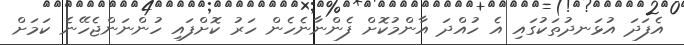
އެފަދަ އުޅަނދުތަކުގައި އެ ހުއްދަ އާންމުކޮށް ފެންނާނެހެން ހަރު ކޮށްފައި ހުންނަންޖެހޭނެ ކަމަށް